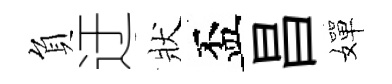
負迂狀盃昌嬋